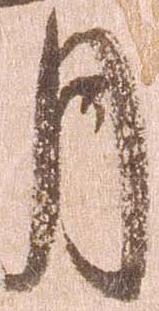
月